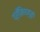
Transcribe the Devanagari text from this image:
प्रॉमिथ्युस